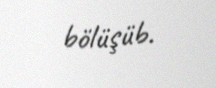
bölüşüb.